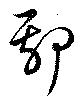
鄢